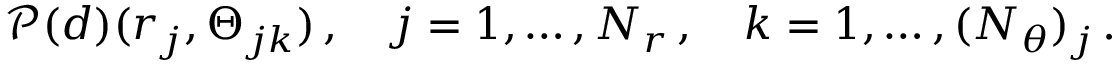
\boldsymbol { \mathcal { P } } ( \boldsymbol { d } ) ( \boldsymbol { r } _ { j } , \boldsymbol { \Theta } _ { j k } ) \, , \quad j = 1 , \dots , N _ { r } \, , \quad k = 1 , \dots , ( \boldsymbol { N } _ { \theta } ) _ { j } \, .